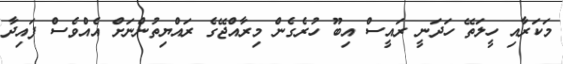
މަކަރާއި ހީލަތޭ ހަދަނީ ރައީސް އިބޫ ހުރެގެން މިރާއްޖޭގެ ރައްޔިތުންނަށް އެއްވެސް ފައިދާ